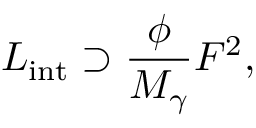
{ \cal L } _ { \mathrm { i n t } } \supset \frac { \phi } { M _ { \gamma } } F ^ { 2 } ,